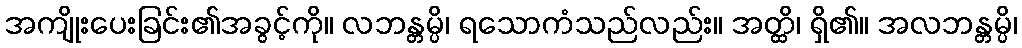
အကျိုးပေးခြင်း၏အခွင့်ကို။ လဘန္တမ္ပိ၊ ရသောကံသည်လည်း။ အတ္ထိ၊ ရှိ၏။ အလဘန္တမ္ပိ၊